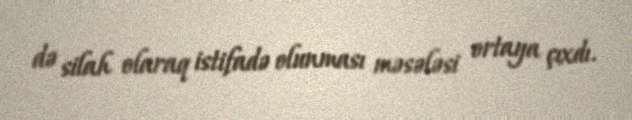
də silah olaraq istifadə olunması məsələsi ortaya çıxdı.